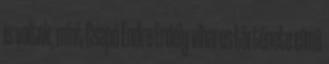
is voltak, mint Csapó Endre Erdély viharos története címû